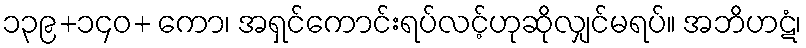
၁၃၉+၁၄၀+ ကော၊ အရှင်ကောင်းရပ်လင့်ဟုဆိုလျှင်မရပ်။ အဘိဟဋံ၊